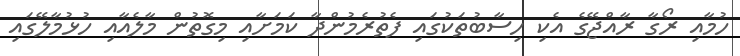
ހުމާއި ރޯގާ ރާއްޖޭގެ އެކި ހިސާބުތަކުގައި ފެތުރެމުންދާ ކަމަށާއި މިގޮތުން މާލެއާއި ހުޅުމާލޭގައި